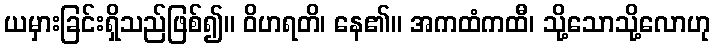
ယမှားခြင်းရှိသည်ဖြစ်၍။ ဝိဟရတိ၊ နေ၏။ အကထံကထီ၊ သို့သောသို့လောဟု